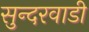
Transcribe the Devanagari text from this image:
सुन्दरवाडी